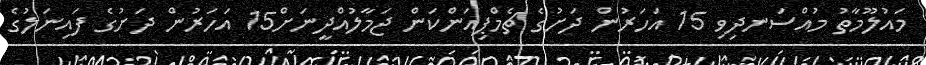
މައުލޫމާތު މުއްސަނދިވި 15 އަހަރުން ދަށުގެ ޗެމްޕިއަންކަން ޖަމާލުއްދީނަށް15 އަހަރުން ދަށުގެ ފައިނަލުގެ